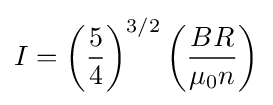
I=\left({\frac {5}{4}}\right)^{3/2}\left({\frac {BR}{\mu _{0}n}}\right)